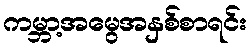
ကမ္ဘာ့အမွေအနှစ်စာရင်း